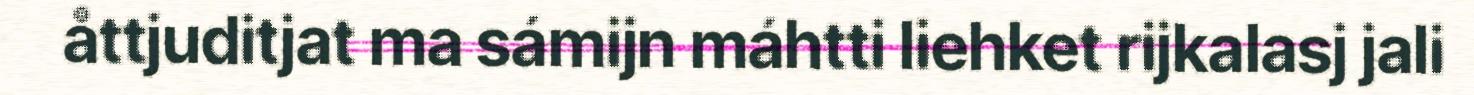
åttjuditjat ma sámijn máhtti liehket rijkalasj jali